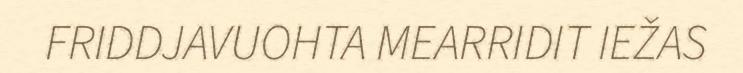
FRIDDJAVUOHTA MEARRIDIT IEŽAS